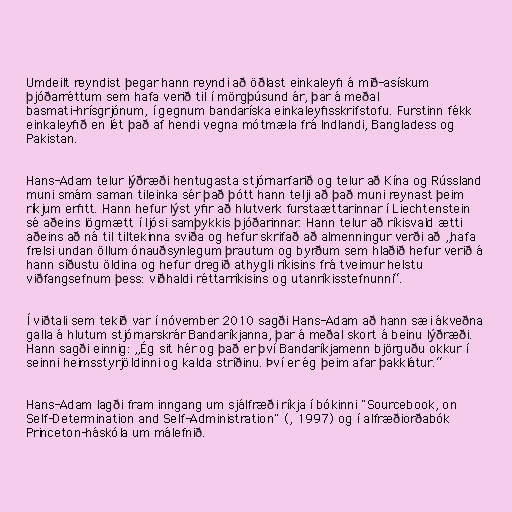
Umdeilt reyndist þegar hann reyndi að öðlast einkaleyfi á mið-asískum
þjóðarréttum sem hafa verið til í mörgþúsund ár, þar á meðal
basmati-hrísgrjónum, í gegnum bandaríska einkaleyfisskrifstofu. Furstinn fékk
einkaleyfið en lét það af hendi vegna mótmæla frá Indlandi, Bangladess og
Pakistan.

Hans-Adam telur lýðræði hentugasta stjórnarfarið og telur að Kína og Rússland
muni smám saman tileinka sér það þótt hann telji að það muni reynast þeim
ríkjum erfitt. Hann hefur lýst yfir að hlutverk furstaættarinnar í Liechtenstein
sé aðeins lögmætt í ljósi samþykkis þjóðarinnar. Hann telur að ríkisvald ætti
aðeins að ná til tiltekinna sviða og hefur skrifað að almenningur verði að „hafa
frelsi undan öllum ónauðsynlegum þrautum og byrðum sem hlaðið hefur verið á
hann síðustu öldina og hefur dregið athygli ríkisins frá tveimur helstu
viðfangsefnum þess: viðhaldi réttarríkisins og utanríkisstefnunni“.

Í viðtali sem tekið var í nóvember 2010 sagði Hans-Adam að hann sæi ákveðna
galla á hlutum stjórnarskrár Bandaríkjanna, þar á meðal skort á beinu lýðræði.
Hann sagði einnig: „Ég sit hér og það er því Bandaríkjamenn björguðu okkur í
seinni heimsstyrjöldinni og kalda stríðinu. Því er ég þeim afar þakklátur.“

Hans-Adam lagði fram inngang um sjálfræði ríkja í bókinni "Sourcebook, on
Self-Determination and Self-Administration" (, 1997) og í alfræðiorðabók
Princeton-háskóla um málefnið.